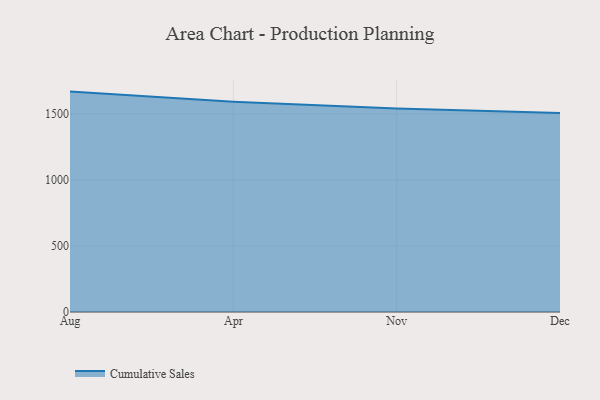
{"axis": {"x": "Month", "y": "Gross Profit (USD K)"}, "legend": ["Cumulative Sales"], "data": [{"x": "Aug", "y": 1668.3, "type": "Cumulative Sales"}, {"x": "Apr", "y": 1592.4, "type": "Cumulative Sales"}, {"x": "Nov", "y": 1541.1, "type": "Cumulative Sales"}, {"x": "Dec", "y": 1505.4, "type": "Cumulative Sales"}]}